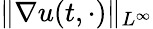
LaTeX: \| \nabla u(t,\cdot)\| _{L^{\infty}}